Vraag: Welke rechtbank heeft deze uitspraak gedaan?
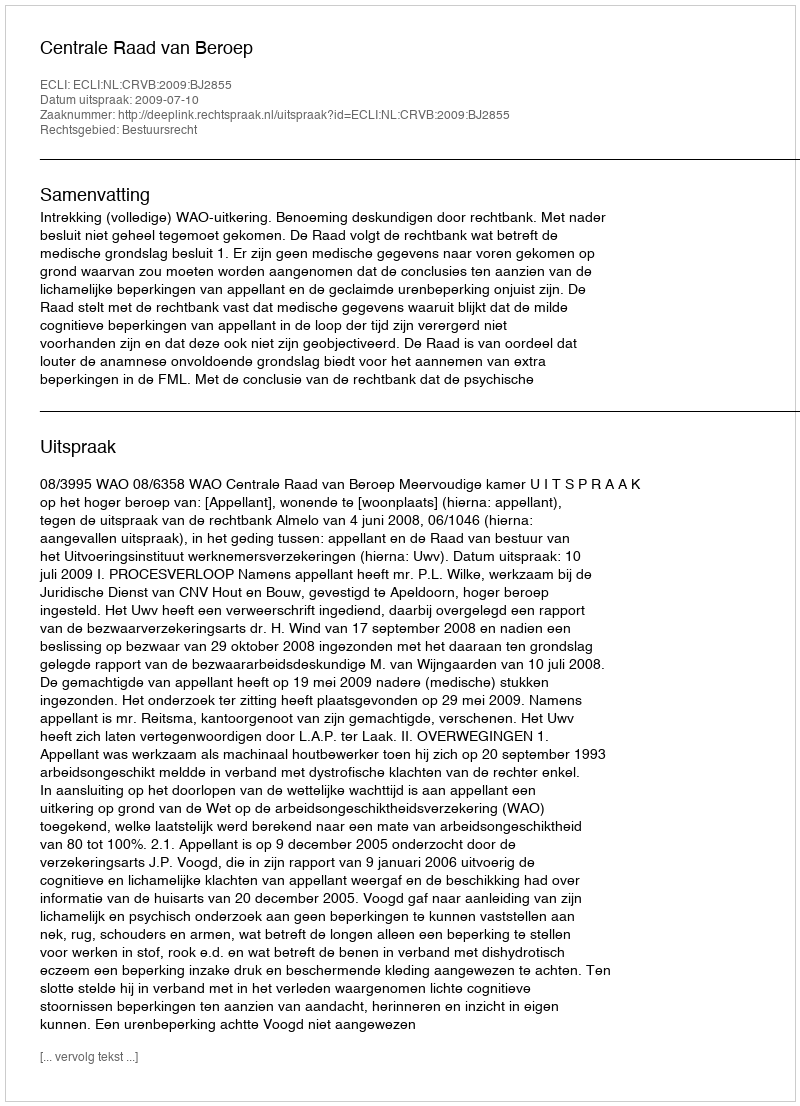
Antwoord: Centrale Raad van Beroep